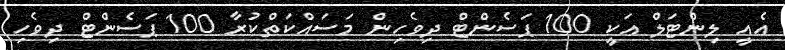
އެއީ ލިންޓަލް އަކީ 100 ޕަސެންޓް ދިވެހިން މަސައްކަތްކުރާ 100 ޕަސެންޓް ދިވެހި